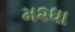
મ૨ધા